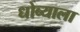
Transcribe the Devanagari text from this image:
धोब्याला